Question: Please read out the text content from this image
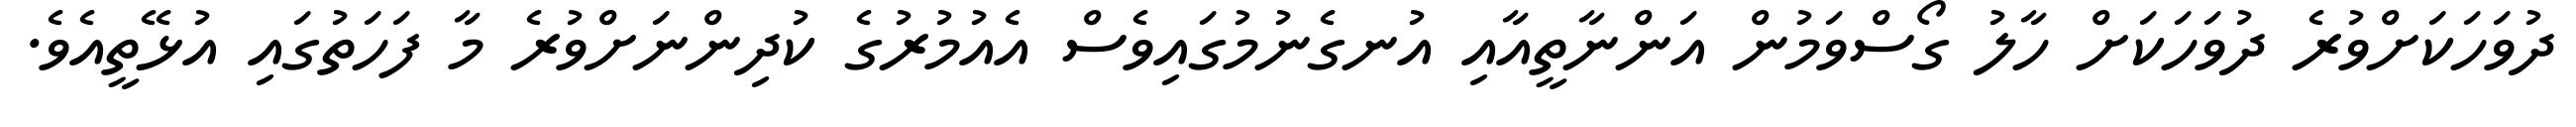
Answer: ދުވަހަކަށްވުރެ ދުވަހަކަށް ހާލު ގޯސްވަމުން އަންނާތީއާއި އުނގެނުމުގައިވެސް އެއުމުރުގެ ކުދިންނަށްވުރެ މާ ފަހަތުގައި އުޅޭތީއެވެ.